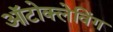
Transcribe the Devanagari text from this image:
ऑटोक्लेविंग